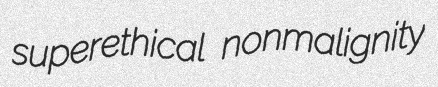
superethical nonmalignity